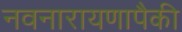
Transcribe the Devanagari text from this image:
नवनारायणापैकी